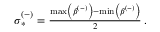
\begin{array} { r } { \sigma _ { * } ^ { ( - ) } = \frac { \operatorname* { m a x } \left( \beta ^ { ( - ) } \right) - \operatorname* { m i n } \left( \beta ^ { ( - ) } \right) } { 2 } \, . } \end{array}